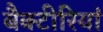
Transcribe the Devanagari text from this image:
बैक्टीरियां